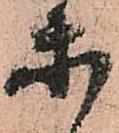
等